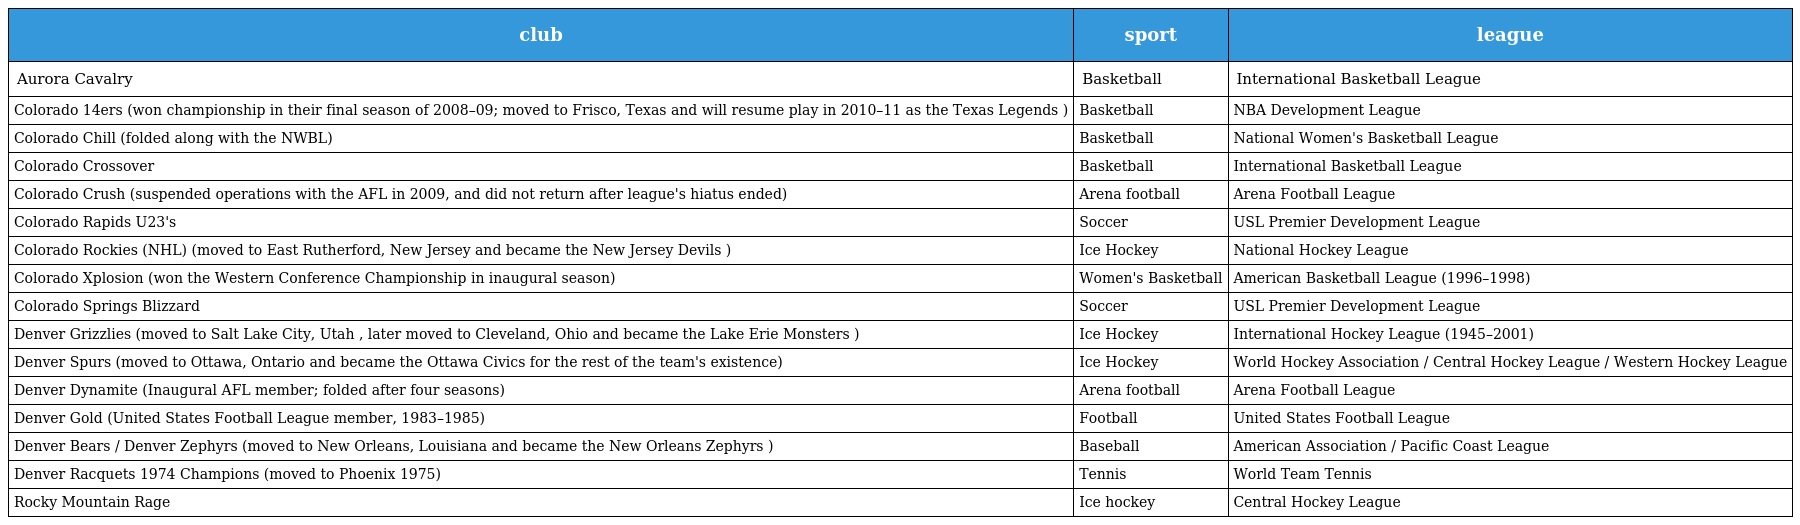
| club | sport | league |
 | --- | --- | --- |
 | Aurora Cavalry | Basketball | International Basketball League |
 | Colorado 14ers (won championship in their final season of 2008–09; moved to Frisco, Texas and will resume play in 2010–11 as the Texas Legends ) | Basketball | NBA Development League |
 | Colorado Chill (folded along with the NWBL) | Basketball | National Women's Basketball League |
 | Colorado Crossover | Basketball | International Basketball League |
 | Colorado Crush (suspended operations with the AFL in 2009, and did not return after league's hiatus ended) | Arena football | Arena Football League |
 | Colorado Rapids U23's | Soccer | USL Premier Development League |
 | Colorado Rockies (NHL) (moved to East Rutherford, New Jersey and became the New Jersey Devils ) | Ice Hockey | National Hockey League |
 | Colorado Xplosion (won the Western Conference Championship in inaugural season) | Women's Basketball | American Basketball League (1996–1998) |
 | Colorado Springs Blizzard | Soccer | USL Premier Development League |
 | Denver Grizzlies (moved to Salt Lake City, Utah , later moved to Cleveland, Ohio and became the Lake Erie Monsters ) | Ice Hockey | International Hockey League (1945–2001) |
 | Denver Spurs (moved to Ottawa, Ontario and became the Ottawa Civics for the rest of the team's existence) | Ice Hockey | World Hockey Association / Central Hockey League / Western Hockey League |
 | Denver Dynamite (Inaugural AFL member; folded after four seasons) | Arena football | Arena Football League |
 | Denver Gold (United States Football League member, 1983–1985) | Football | United States Football League |
 | Denver Bears / Denver Zephyrs (moved to New Orleans, Louisiana and became the New Orleans Zephyrs ) | Baseball | American Association / Pacific Coast League |
 | Denver Racquets 1974 Champions (moved to Phoenix 1975) | Tennis | World Team Tennis |
 | Rocky Mountain Rage | Ice hockey | Central Hockey League |